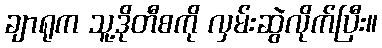
ချာရုက သူ့ဒိုတီစကို လှမ်းဆွဲလိုက်ပြီး။